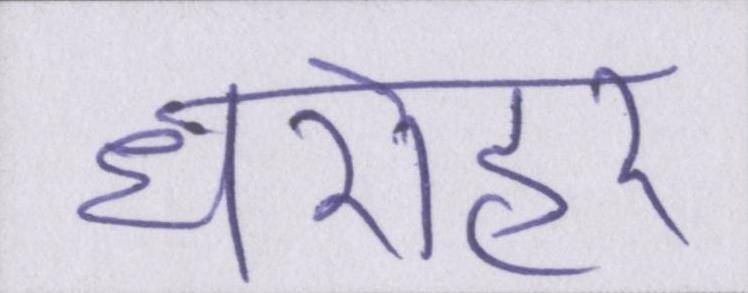
धरोहर